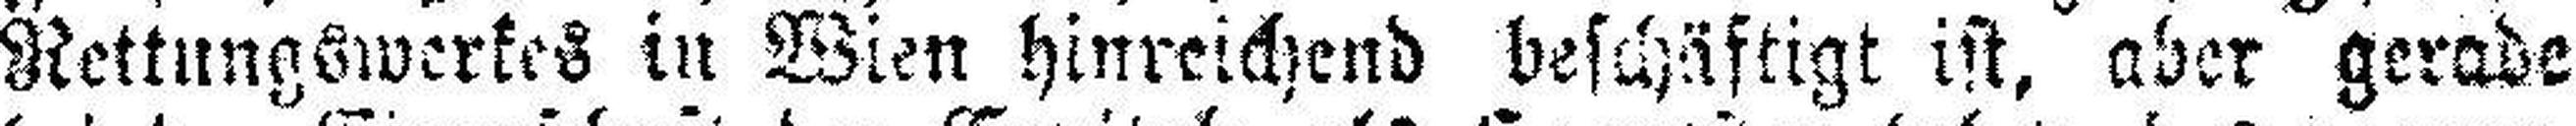
Rettungswerkes in Wien hinreichend beschäftigt ist, aber gerade